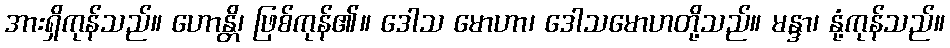
အားရှိကုန်သည်။ ဟောန္တိ၊ ဖြစ်ကုန်၏။ ဒေါသ မောဟာ၊ ဒေါသမောဟတို့သည်။ မန္ဒာ၊ နုံ့ကုန်သည်။